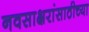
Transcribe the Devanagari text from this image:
नवसाक्षरांसाठीच्या